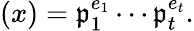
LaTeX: (x)={\mathfrak{p}}_{1}^{e_{1}}\cdots{\mathfrak{p}}_{t}^{e_{t}}.